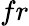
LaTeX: fr